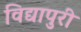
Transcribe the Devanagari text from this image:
विद्यापुरी